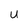
Character: U